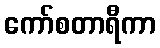
ကော်စတာရီကာ